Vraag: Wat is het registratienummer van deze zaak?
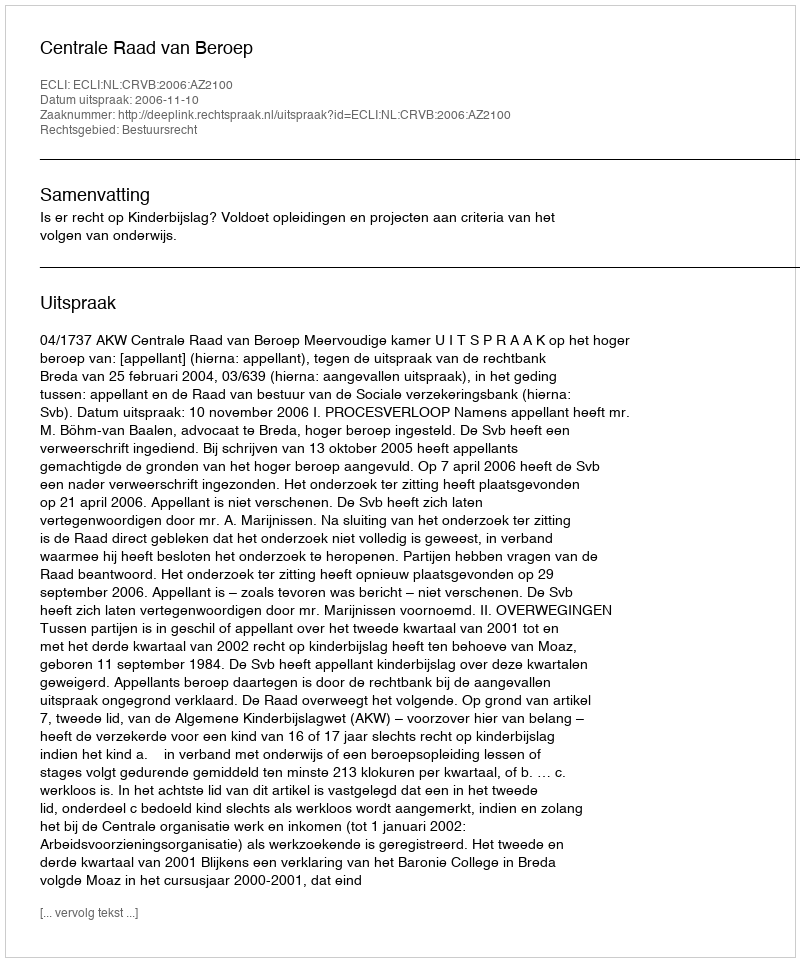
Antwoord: http://deeplink.rechtspraak.nl/uitspraak?id=ECLI:NL:CRVB:2006:AZ2100